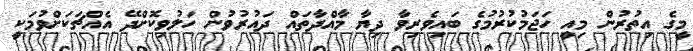
މީގެ އިތުރުން މިއީ ހަޖަމުކުރުމުގެ ބައިވެރިވާ ދިޔާ މާއްދާތައް ދައުރުވުން ހަލުވިކޮށްދޭ އެއްޗަކަށްވުމަކީ